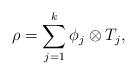
LaTeX: \begin{align*} \rho = \sum_{j=1}^k \phi_j \otimes T_j ,\end{align*}